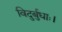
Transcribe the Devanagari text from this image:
विदुर्बुधाः।